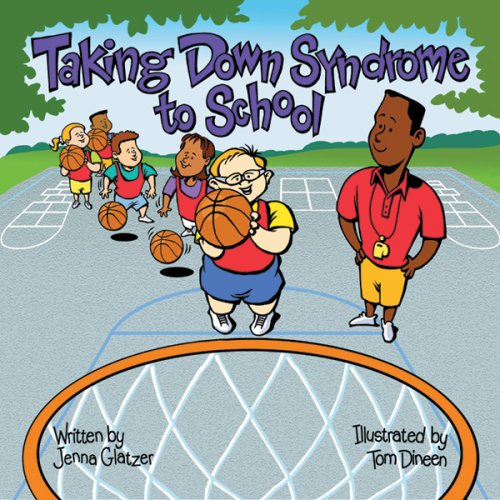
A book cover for Taking Down Syndrome to School (Special Kids in School); Jenna Glatzer; Health, Fitness & Dieting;